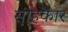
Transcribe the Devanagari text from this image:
स़ाहकार